Report of the King Institute of Preventive Medicine, Guindy
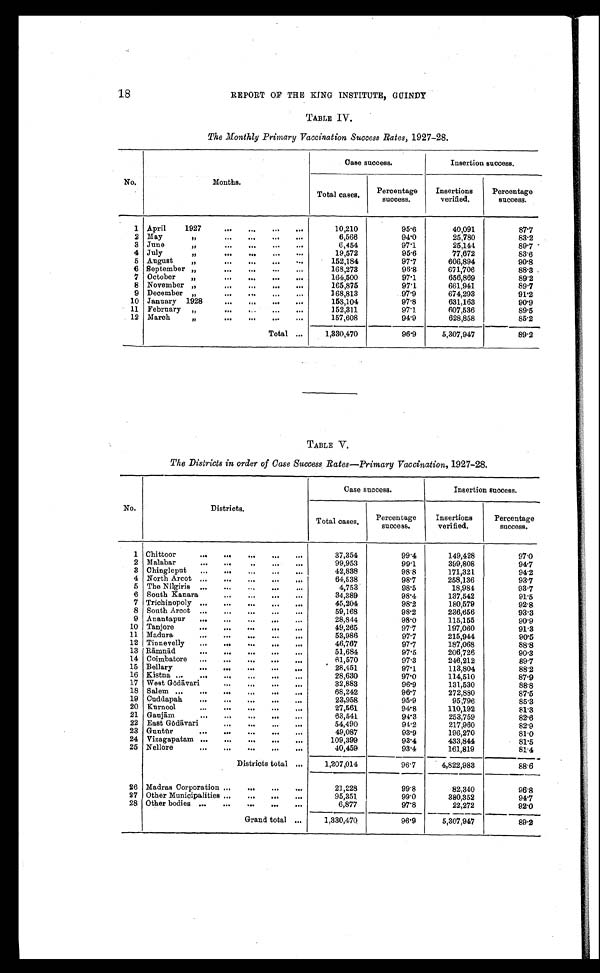
18
REPORT OF THE KING INSTITUTE, GUINDY
TABLE IV.
The Monthly Primary Vaccination Success Rates, 1927-28.
No.
Months.
Case success.
Insertion success.
Total cases.
Percentage
success.
Insertions
verified.
Percentage
success.
1
April 1927 . . .
10,210
95.6
40,091
87.7
2 May " . . .
6,566
94.0
25,780
83.2
3
June " . . .
6,454
97.1
25,144
89.7
4 July " . . .
1 9 , 5 7 2
95.6
77,672
83.6
5 August " . . .
152,184
97.7
606,894
90.8
6 September " . . .
168,273
96.8
671,706
88.3
7
October " . . .
164,500
97.1
656,869
89.2
8
November " . . .
165,875
97.1
661,941
89.7
9 December " . . .
168,813
97.9
674,293
91.2
10
January 1928 . . .
158,104
97.8
631,163
90.9
11
February " . . .
152,311
97.1
607,536
89.5
12
March " . . .
157,608
94.9
628,858
85.2
Total . . .
1,330,470
96.9
5,307,947
89.2
TABLE V.
The Districts in order of Case Success Rates—Primary Vaccination, 1927-28.
No.
Districts.
Case success.
Insertion success.
Total cases.
Percentage
success.
Insertions
verified.
Percentage
success.
1 Chittoor . . .
37,354
99.4
149,428
97.0
2
Malabar . . .
99,953
99.1
399,808
94.7
3
Chingleput . . .
42,838
98.8
171,321
94.2
4
North Arcot . . .
64,538
98.7
258,136
93.7
5
The Nilgiris . . .
4,753
98.5
18,984
93.7
6
South Kanara . . .
34,389
98.4
137,542
91.5
7 Trichinopoly . . .
45,204
98.2
180,579
92.8
8
South Arcot . . .
59,168
98.2
236,656
93.3
9
Anantapur . . .
28,844
98.0
115,155
90.9
10
Tanjore . . .
49,265
97.7
197,060
91.3
11
Madura . . .
53,986
97.7
215,944
90.5
12
Tinnevelly . . .
46,767
97.7
187,068
88.8
13 Rā mnā d . . .
51,684
97.5
206,726
90.3
14
Coimbatore . . .
61,570
97.3
246,212
89.7
15
Bellary . . .
28,451
97.1
113,804
88.2
16
Kistna . . .
28,630
97.0
114,510
87.9
17
West Gō dā vari . . .
32,883
96.9
131,530
88.8
18
Salem . . .
68,242
96.7
272,880
87.5
19
Cuddapah . . .
23,958
95.9
95,796
85.3
20
Kurnool . . .
27,561
94.8
110,192
81.3
21
Ganjā m . . .
63,541
94.3
253,759
82.6
22
East Gō dāvari . . .
54,490
94.2
217,960
82.9
23 Guntū r . . .
49,087
93.9
196,270
81.0
24
Vizagapatam . . .
109,399
93.4
433,844
81.5
25
Nellore . . .
40,459
93.4
161,819
81.4
Districts total . . .
1,207,014
96.7
4,822,983
88.6
26
Madras Corporation . . .
21,228
99.8
82,340
96.8
27
Other Municipalities . . .
95,351
99.0
380,352
94.7
28
Other bodies . . .
6,877
97.8
22,272
92.0
Grand total . . .
1,330,470
96.9
5,307,947
89.2